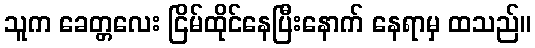
သူက ခေတ္တလေး ငြိမ်ထိုင်နေပြီးနောက် နေရာမှ ထသည်။